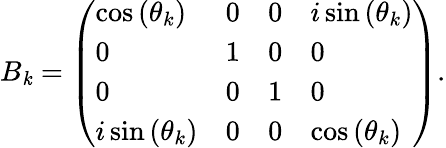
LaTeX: B_{\mathit{k}}=\left(\begin{array}{llll}{\cos{(\theta_{k})}}&{0}&{0}&{i\sin{(\theta_{k})}}\\ {0}&{1}&{0}&{0}\\ {0}&{0}&{1}&{0}\\ {i\sin{(\theta_{k})}}&{0}&{0}&{\cos{(\theta_{k})}}\end{array}\right).